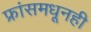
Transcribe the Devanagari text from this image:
फ्रांसमधूनही